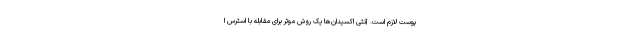
پوست لازم است. آنتی اکسیدان‌ها یک روش موثر برای مقابله با استرس ا